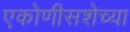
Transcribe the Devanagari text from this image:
एकोणीसशेच्या